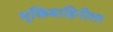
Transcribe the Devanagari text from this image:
मुक्तिबाहिनीला